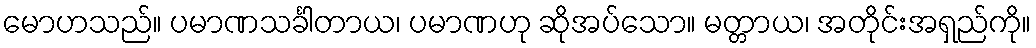
မောဟသည်။ ပမာဏသင်္ခါတာယ၊ ပမာဏဟု ဆိုအပ်သော။ မတ္တာယ၊ အတိုင်းအရှည်ကို။